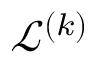
\mathcal { L } ^ { ( k ) }